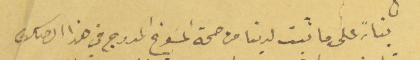
بناءً على ما ثبت لدينا من صحة المسَوغ المدرج في هذا الصك